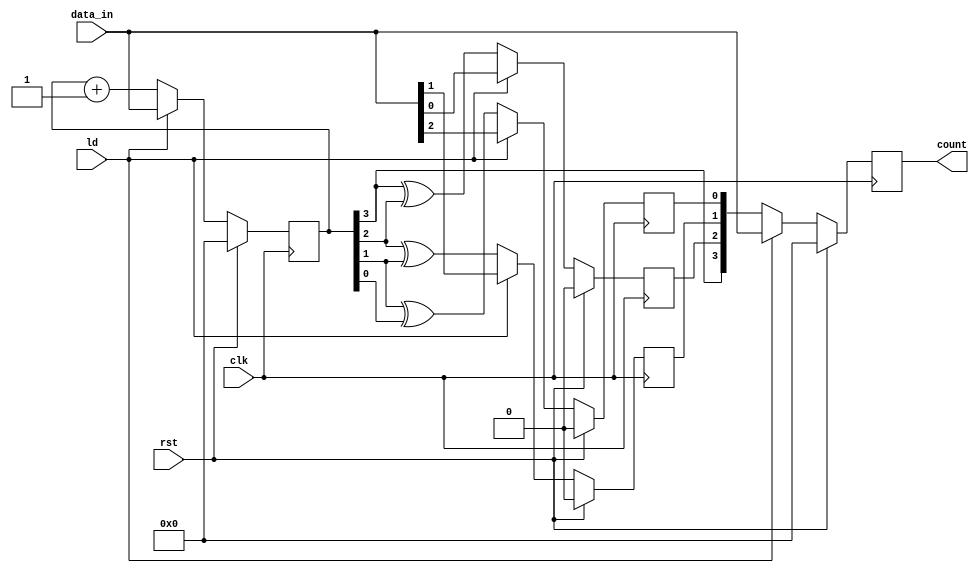
`timescale 1ns / 1ps
module gray_counter(clk,data_in,ld,rst, count);
 input clk, rst,ld;
 input [3:0] data_in;
 output reg [3:0] count;

 reg q0, q1, q2; 
 reg [3:0] temp; 

 always @ (posedge clk)
 begin
  if (rst)
  begin
   temp <= 4'b0;
   {q0,q1,q2}<=3'b000;
   count <= 4'b0;
 end
 else if(ld)
 begin
 temp <=data_in;
 {q0,q1,q2}<={data_in[2],data_in[1],data_in[0]};
 count<={data_in[3],data_in[2],data_in[1],data_in[0]};
 end
 
 else
   begin
   temp <= temp + 1'b1;
   q2 <= temp[3] ^ temp[2];
   q1 <= temp[2] ^ temp[1];
   q0 <= temp[1] ^ temp[0];
   count = {temp[3], q2, q1, q0};
 end
 end
endmodule